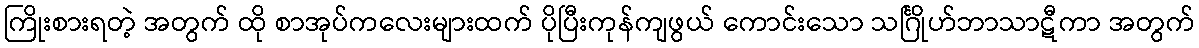
ကြိုးစားရတဲ့ အတွက် ထို စာအုပ်ကလေးများထက် ပိုပြီးကုန်ကျဖွယ် ကောင်းသော သင်္ဂြိုဟ်ဘာသာဋီကာ အတွက်